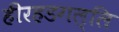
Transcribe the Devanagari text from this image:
हीरहडगल्लि